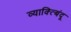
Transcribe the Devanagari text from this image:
व्याक्त्बिंदू